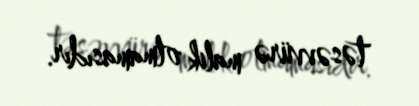
təsəvvürə malik olmamasıdır.